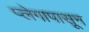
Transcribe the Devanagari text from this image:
प्लेगापासून